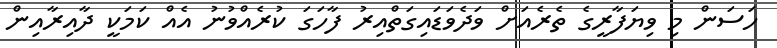
ހަސަން މި ވިޔަފާރީގެ ތެރެއަށް ވަދެވަޑައިގަތްއިރު ފާހަގަ ކުރެއްވުނު އެއް ކަމަކީ ދާއިރާއިން